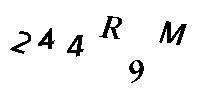
244R9M